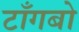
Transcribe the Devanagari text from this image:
टाँगबो